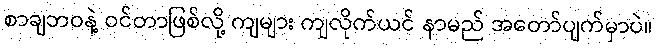
စာချဘဝနဲ့ ဝင်တာဖြစ်လို့ ကျများ ကျလိုက်ယင် နာမည် အတော်ပျက်မှာပဲ။